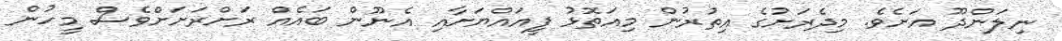
ނިލަންދޫ އަށެވެ. މިދެރަށުގެ އިތުރުން މިއަތޮޅު ފީއައްޔަށާއި އެނޫން ބައެއް ރަށްރަށަށްވެސް މީހުން